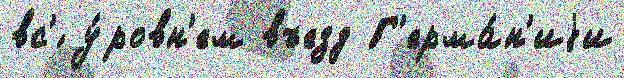
вс'́ у́ровн'ем въезд Г'ерма́н'иjи